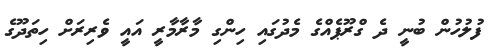
ފުުލުހުން ބުނީ ދެ ގްރޫޕެއްގެ މެދުގައި ހިންގި މާރާމާރީ އައީ ވެރިރަށް ހިތަދޫގެ